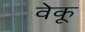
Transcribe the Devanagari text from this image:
वेकू